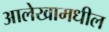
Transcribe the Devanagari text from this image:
आलेखामधील